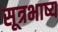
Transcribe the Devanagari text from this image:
सूत्रभाष्य